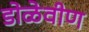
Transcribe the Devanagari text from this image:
डोळेवीण